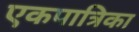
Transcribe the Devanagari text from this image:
एकपात्रिका